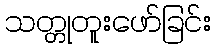
သတ္တုတူးဖော်ခြင်း